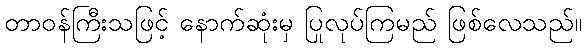
တာဝန်ကြီးသဖြင့် နောက်ဆုံးမှ ပြုလုပ်ကြမည် ဖြစ်လေသည်။